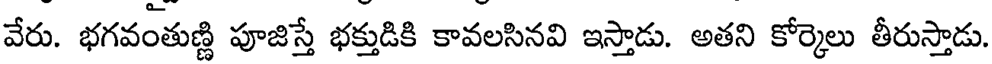
వేరు. భగవంతుణ్ణి పూజిస్తే భక్తుడికి కావలసినవి ఇస్తాడు. అతని కోర్కెలు తీరుస్తాడు.